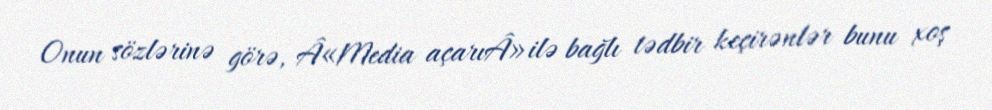
Onun sözlərinə görə, Â«Media açarıÂ» ilə bağlı tədbir keçirənlər bunu xoş